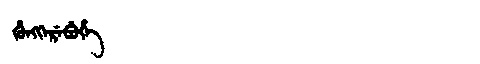
Manchu: ᡥᡠᠩᡴᡝᡵᡝᠪᡠᡥᡝ
Romanization: HUNGKEREBUHE